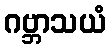
ဂဗ္ဘာသယံ